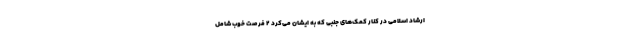
ارشاد اسلامی در کنار کمک‌های جنبی که به ایشان می‌کرد ۲ فرصت خوب شامل